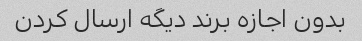
بدون اجازه برند دیگه ارسال کردن